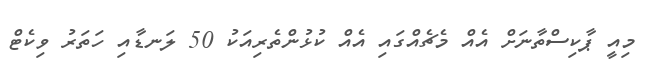
މިއީ ޕާކިސްތާނަށް އެއް މެޗެއްގައި އެއް ކުޅުންތެރިއަކު 50 ލަނޑާއި ހަތަރު ވިކެޓް